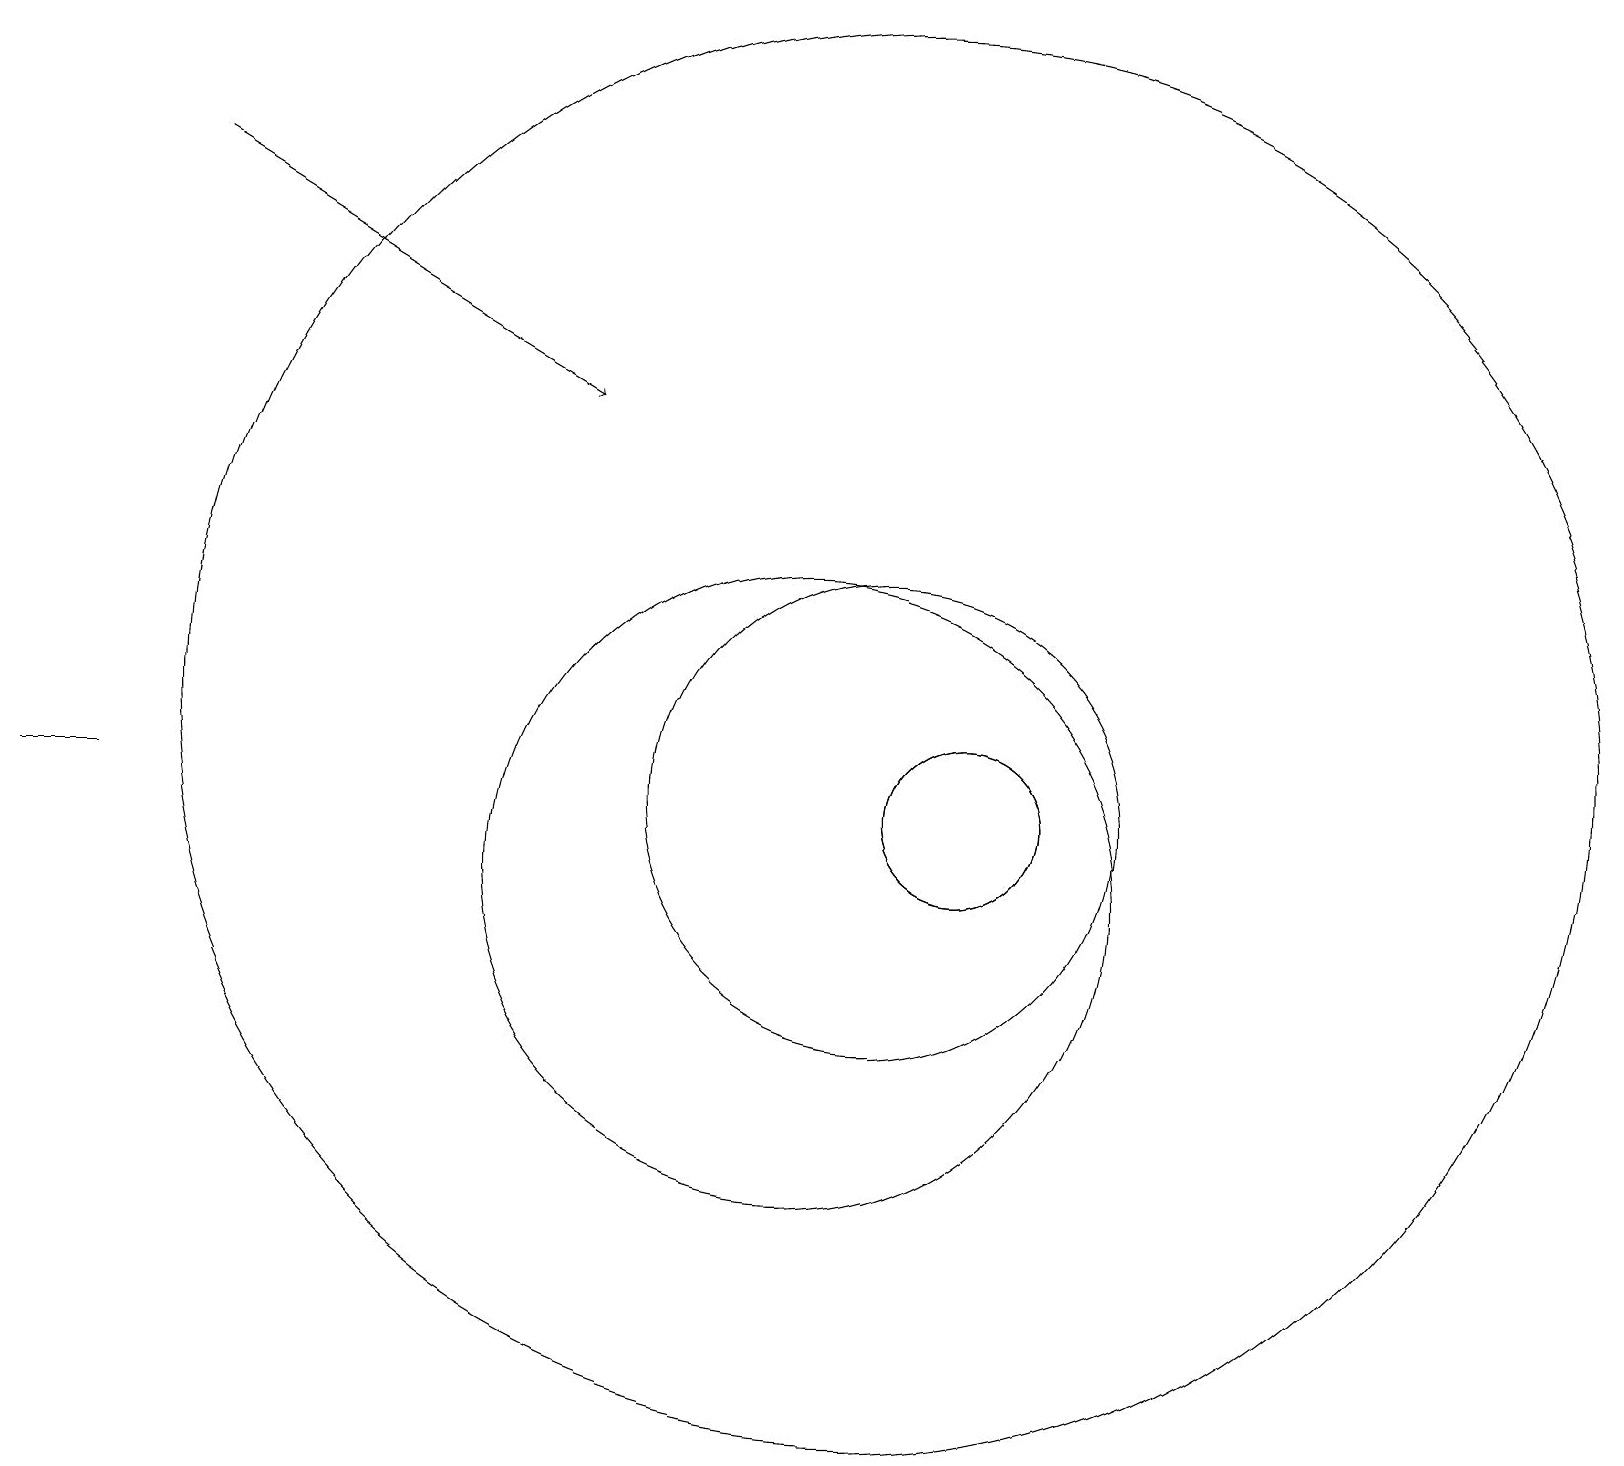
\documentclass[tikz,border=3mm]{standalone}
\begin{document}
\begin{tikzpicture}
\draw (1,11) rectangle (0,11);
\draw (11,12) circle (9);
\draw (12,11) circle (1);
\draw (11,11) circle (3);
\draw (10,10) circle (4);
\draw (12,11) circle (1);
\draw[->] (2,19) -- (7,16);
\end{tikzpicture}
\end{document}